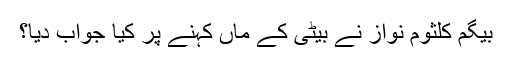
بیگم کلثوم نواز نے بیٹی کے ماں کہنے پر کیا جواب دیا؟